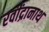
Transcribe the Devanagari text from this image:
रवींद्रानाथ